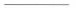
___